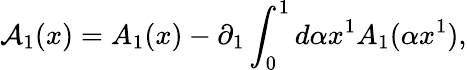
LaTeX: {\cal A}_{1}(x)=A_{1}(x)-\partial_{1}\int_{0}^{1}{d\alpha}x^{1}A_{1}(\alpha x^{1}),